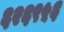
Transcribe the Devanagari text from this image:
६२६९५६